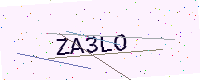
Text: ZA3LO